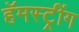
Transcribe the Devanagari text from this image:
हॅमस्ट्रींग